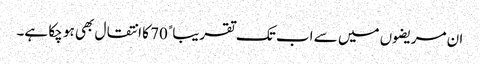
ان مریضوں میں سے اب تک تقریباﹰ 70 کا انتقال بھی ہو چکا ہے۔